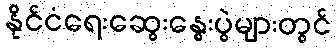
နိုင်ငံရေးဆွေးနွေးပွဲများတွင်